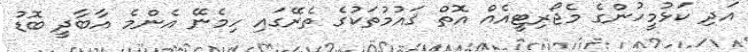
އަދި ކަޅުމީހުންގެ މެޖޯރިޓީއެއް އޮތް ޤައުމުތަކުގެ ތެރޭގައި ހިމެނޭ އެންމެ އާބާދީ ބޮޑު